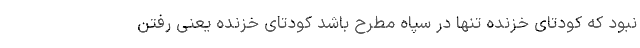
نبود که کودتای خزنده تنها در سپاه مطرح باشد کودتای خزنده یعنی رفتن